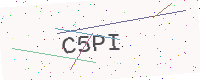
Text: C5PI